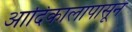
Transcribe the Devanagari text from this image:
आदिकालापासून